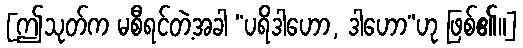
[ဤသုတ်က မစီရင်တဲ့အခါ “ပရိဒါဟော, ဒါဟော”ဟု ဖြစ်၏။]